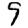
Digit: 9